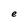
Character: e